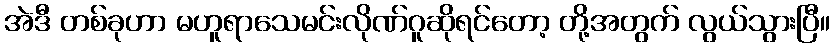
အဲဒီ တစ်ခုဟာ မဟူရာသေမင်းလိုဏ်ဂူဆိုရင်တော့ တို့အတွက် လွယ်သွားပြီ။